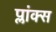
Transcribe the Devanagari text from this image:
प्लांक्स